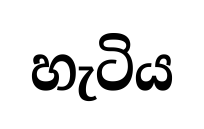
හැටිය